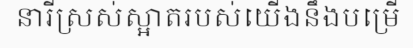
នារីស្រស់ស្អាតរបស់យើងនឹងបម្រើ